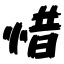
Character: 惜